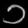
Digit: ၁